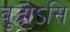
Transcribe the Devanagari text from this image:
बुद्धोऽसि